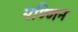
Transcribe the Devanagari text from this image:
मण्णिन